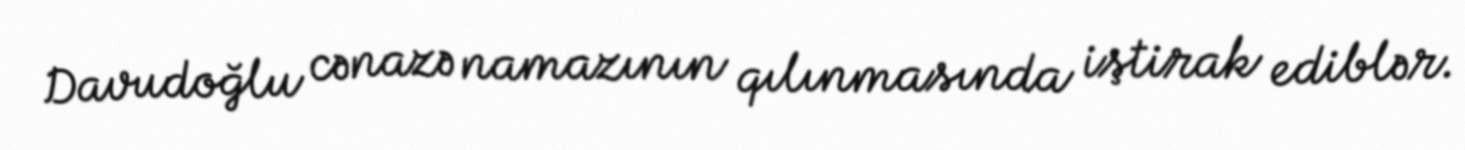
Davudoğlu cənazə namazının qılınmasında iştirak ediblər.